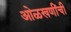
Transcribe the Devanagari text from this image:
ओळखणींची